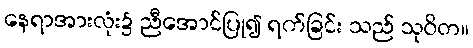
နေရာအားလုံး၌ ညီအောင်ပြု၍ ရက်ခြင်း သည် သုဝိတ။